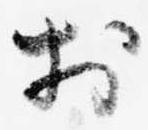
於